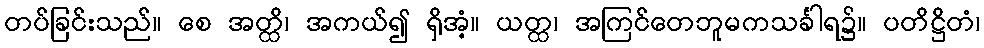
တပ်ခြင်းသည်။ စေ အတ္ထိ၊ အကယ်၍ ရှိအံ့။ ယတ္ထ၊ အကြင်တေဘူမကသင်္ခါရ၌။ ပတိဋ္ဌိတံ၊